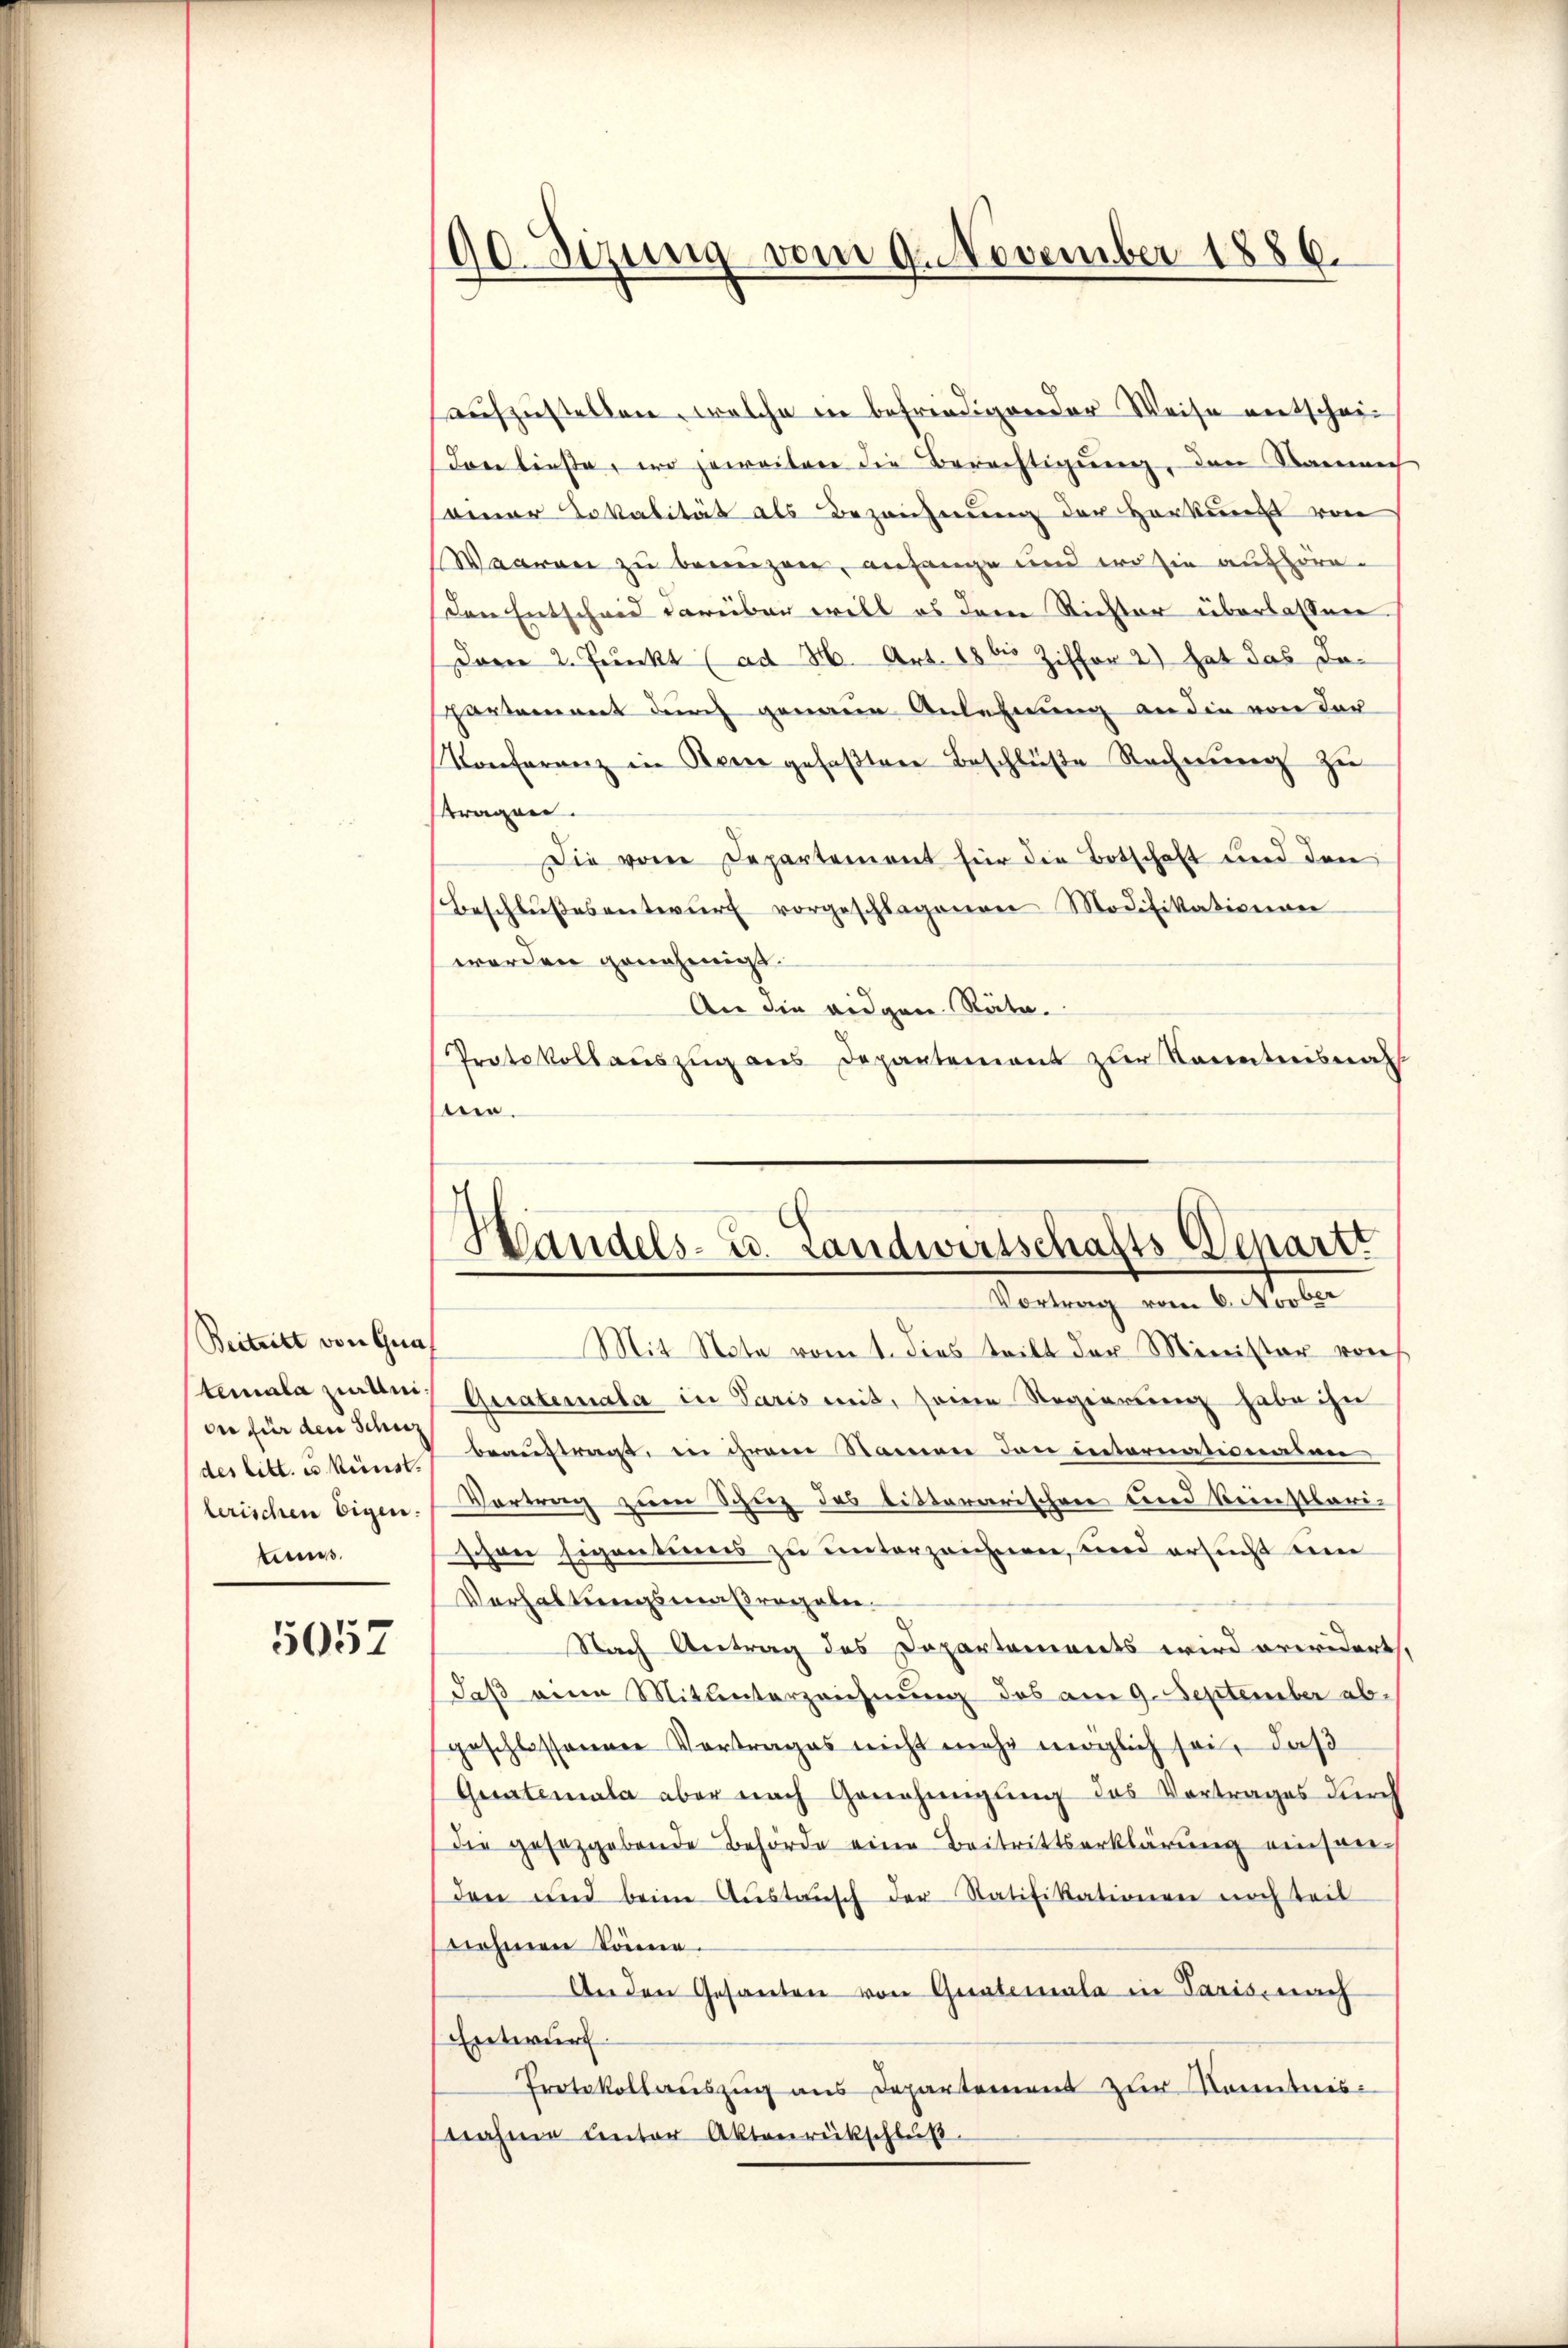
Beitritt von Graf
on für den Schinz
lerischen Eigen.
tens.

5057

90 Sizung vom 9. November 1886.

aufzustellen, welche in befriedigen der Weise entschein
don lieste, wo jeweiter die Berechtigung, den Namen
sainer Lokalität als Bezeichnung der Herkung von
Waaren zu benuzen, anfange und wo sie aufhöre.
Den Entscheid darüber will es dem Richter überlassen.
Dann 2. Junkt (ad H. Art. 18 bis Ziffer 2) hat das Ja¬
Partement durch genaue Anlehnung an die von der
Konferenz in Kern gefaßten Beschlüße Rechnung zu
ttragen.
Die vom Departement für die Botschaft und den
Beschlŭβesentwŭrf vorgeschlagenen Modifikationen
worden genehmigt.
An die eidgen. Räte.
Protokollauszug aus Departement zur Kenntnisnah
no.

Mit Note vom 1. dies teilt der Minister von
temala zwai Gerateriala in Paris mit, seine Regierung habe ihn
der litt. e. kunst beauftragt, in ihrem Namen den internationsan
Vortrag zum Schutz des bitterarischen und beinstbari-
schon sigentions zu unterzeichnen, und ersucht ein
Verhaltungsmaßregeben.
Nach Antrag des Departements wird erwidert,
daß eine Mitunterzeichnung des am 9. September abgeschlossenen Vortrages nicht mehr möglich sei, daß
Gustemata aber nach Genehmigung des Vortrages durch
die gesetzgebende Behörde eine Beitrittserklärung einsamden und beim Aŭstaŭsch der Ratifikationen noch teil
nehmen könne.
An den Gesanten von Qualemala in Paris, nach
Entwurf.
Protokollauszug aus Departement zur Kenntnis-
nahme unter Aktenrückschluß

Handels- u. Landwirtschafts-Departi
Vortrag vom 6. Novber